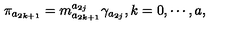
\pi _ { a _ { 2 k + 1 } } = m _ { a _ { 2 k + 1 } } ^ { a _ { 2 j } } \gamma _ { a _ { 2 j } } , k = 0 , \cdots , a ,